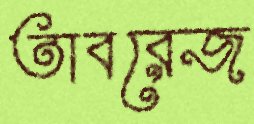
তাবরেজ